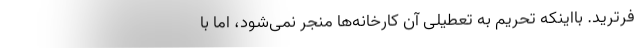
فرترید. بااینکه تحریم به تعطیلی آن کارخانه‌ها منجر نمی‌شود، اما با